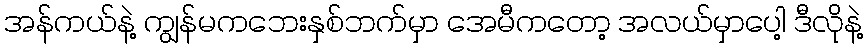
အန်ကယ်နဲ့ ကျွန်မကဘေးနှစ်ဘက်မှာ အေမီကတော့ အလယ်မှာပေါ့ ဒီလိုနဲ့